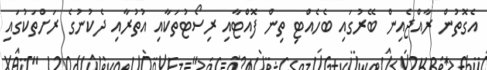
އެގޮތުން ރާއްޖެއިން ބޭރުގައި ބެހެއްޓި ތިން ފޮއްޓާއި ރިސޯޓުތަކާއި އުތުރާއި ދެކުނުގެ ރަށްތަކުގައި